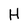
Character: H